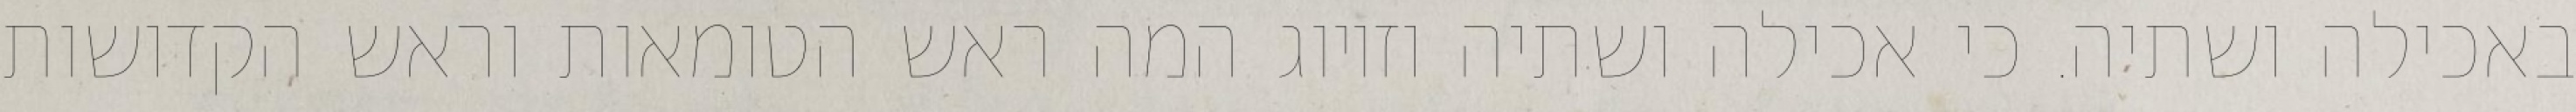
באכילה ושתיה. כי אכילה ושתיה וזיווג המה ראש הטומאות וראש הקדושות